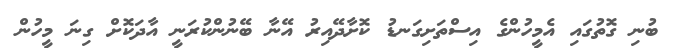
ބުނި ގޮތުގައި އެމީހުންގެ އިސްތަށިގަނޑު ކޮށާދޭއިރު އޭނާ ބޭނުންކުރަނީ އާދަކޮށް ގިނަ މީހުން